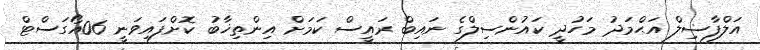
އަލްފާޟިލް އަޙްމަދު މަހުދީ ކައުންސިލްގެ ނައިބް ރައީސް ކަަމަށް އިންތިޚާބު ކޮށްފައިވަނީ 06އޯގަސްޓް